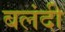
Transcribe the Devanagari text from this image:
बलंदी